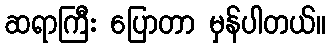
ဆရာကြီး ပြောတာ မှန်ပါတယ်။